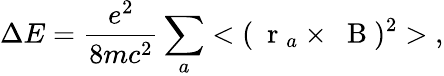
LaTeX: \Delta E=\frac{e^{2}}{8mc^{2}}\sum_{a}<(\mathrm{~\mathbf~r~}_{a}\times\mathrm{~\mathbf~B~})^{2}>\; ,